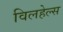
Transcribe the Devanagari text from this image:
विलहेल्स